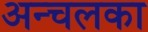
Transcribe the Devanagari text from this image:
अन्चलका